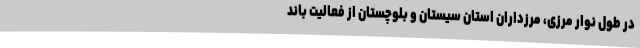
در طول نوار مرزی، مرزداران استان سیستان و بلوچستان از فعالیت باند